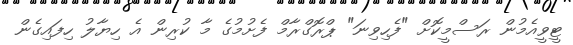
ޓީވީއެމުން ރަސްމީކޮށް "ފެހިވިނަ" ޕްރޮގްރާމް ފެށުމުގެ މާ ކުރިން އެ ހިޔާލު ހިފައިގެން